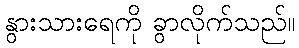
နွားသားရေကို ခွာလိုက်သည်။